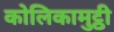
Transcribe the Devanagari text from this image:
कोलिकामुट्ठी